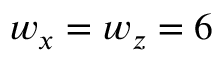
w _ { x } = w _ { z } = 6